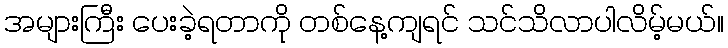
အများကြီး ပေးခဲ့ရတာကို တစ်နေ့ကျရင် သင်သိလာပါလိမ့်မယ်။